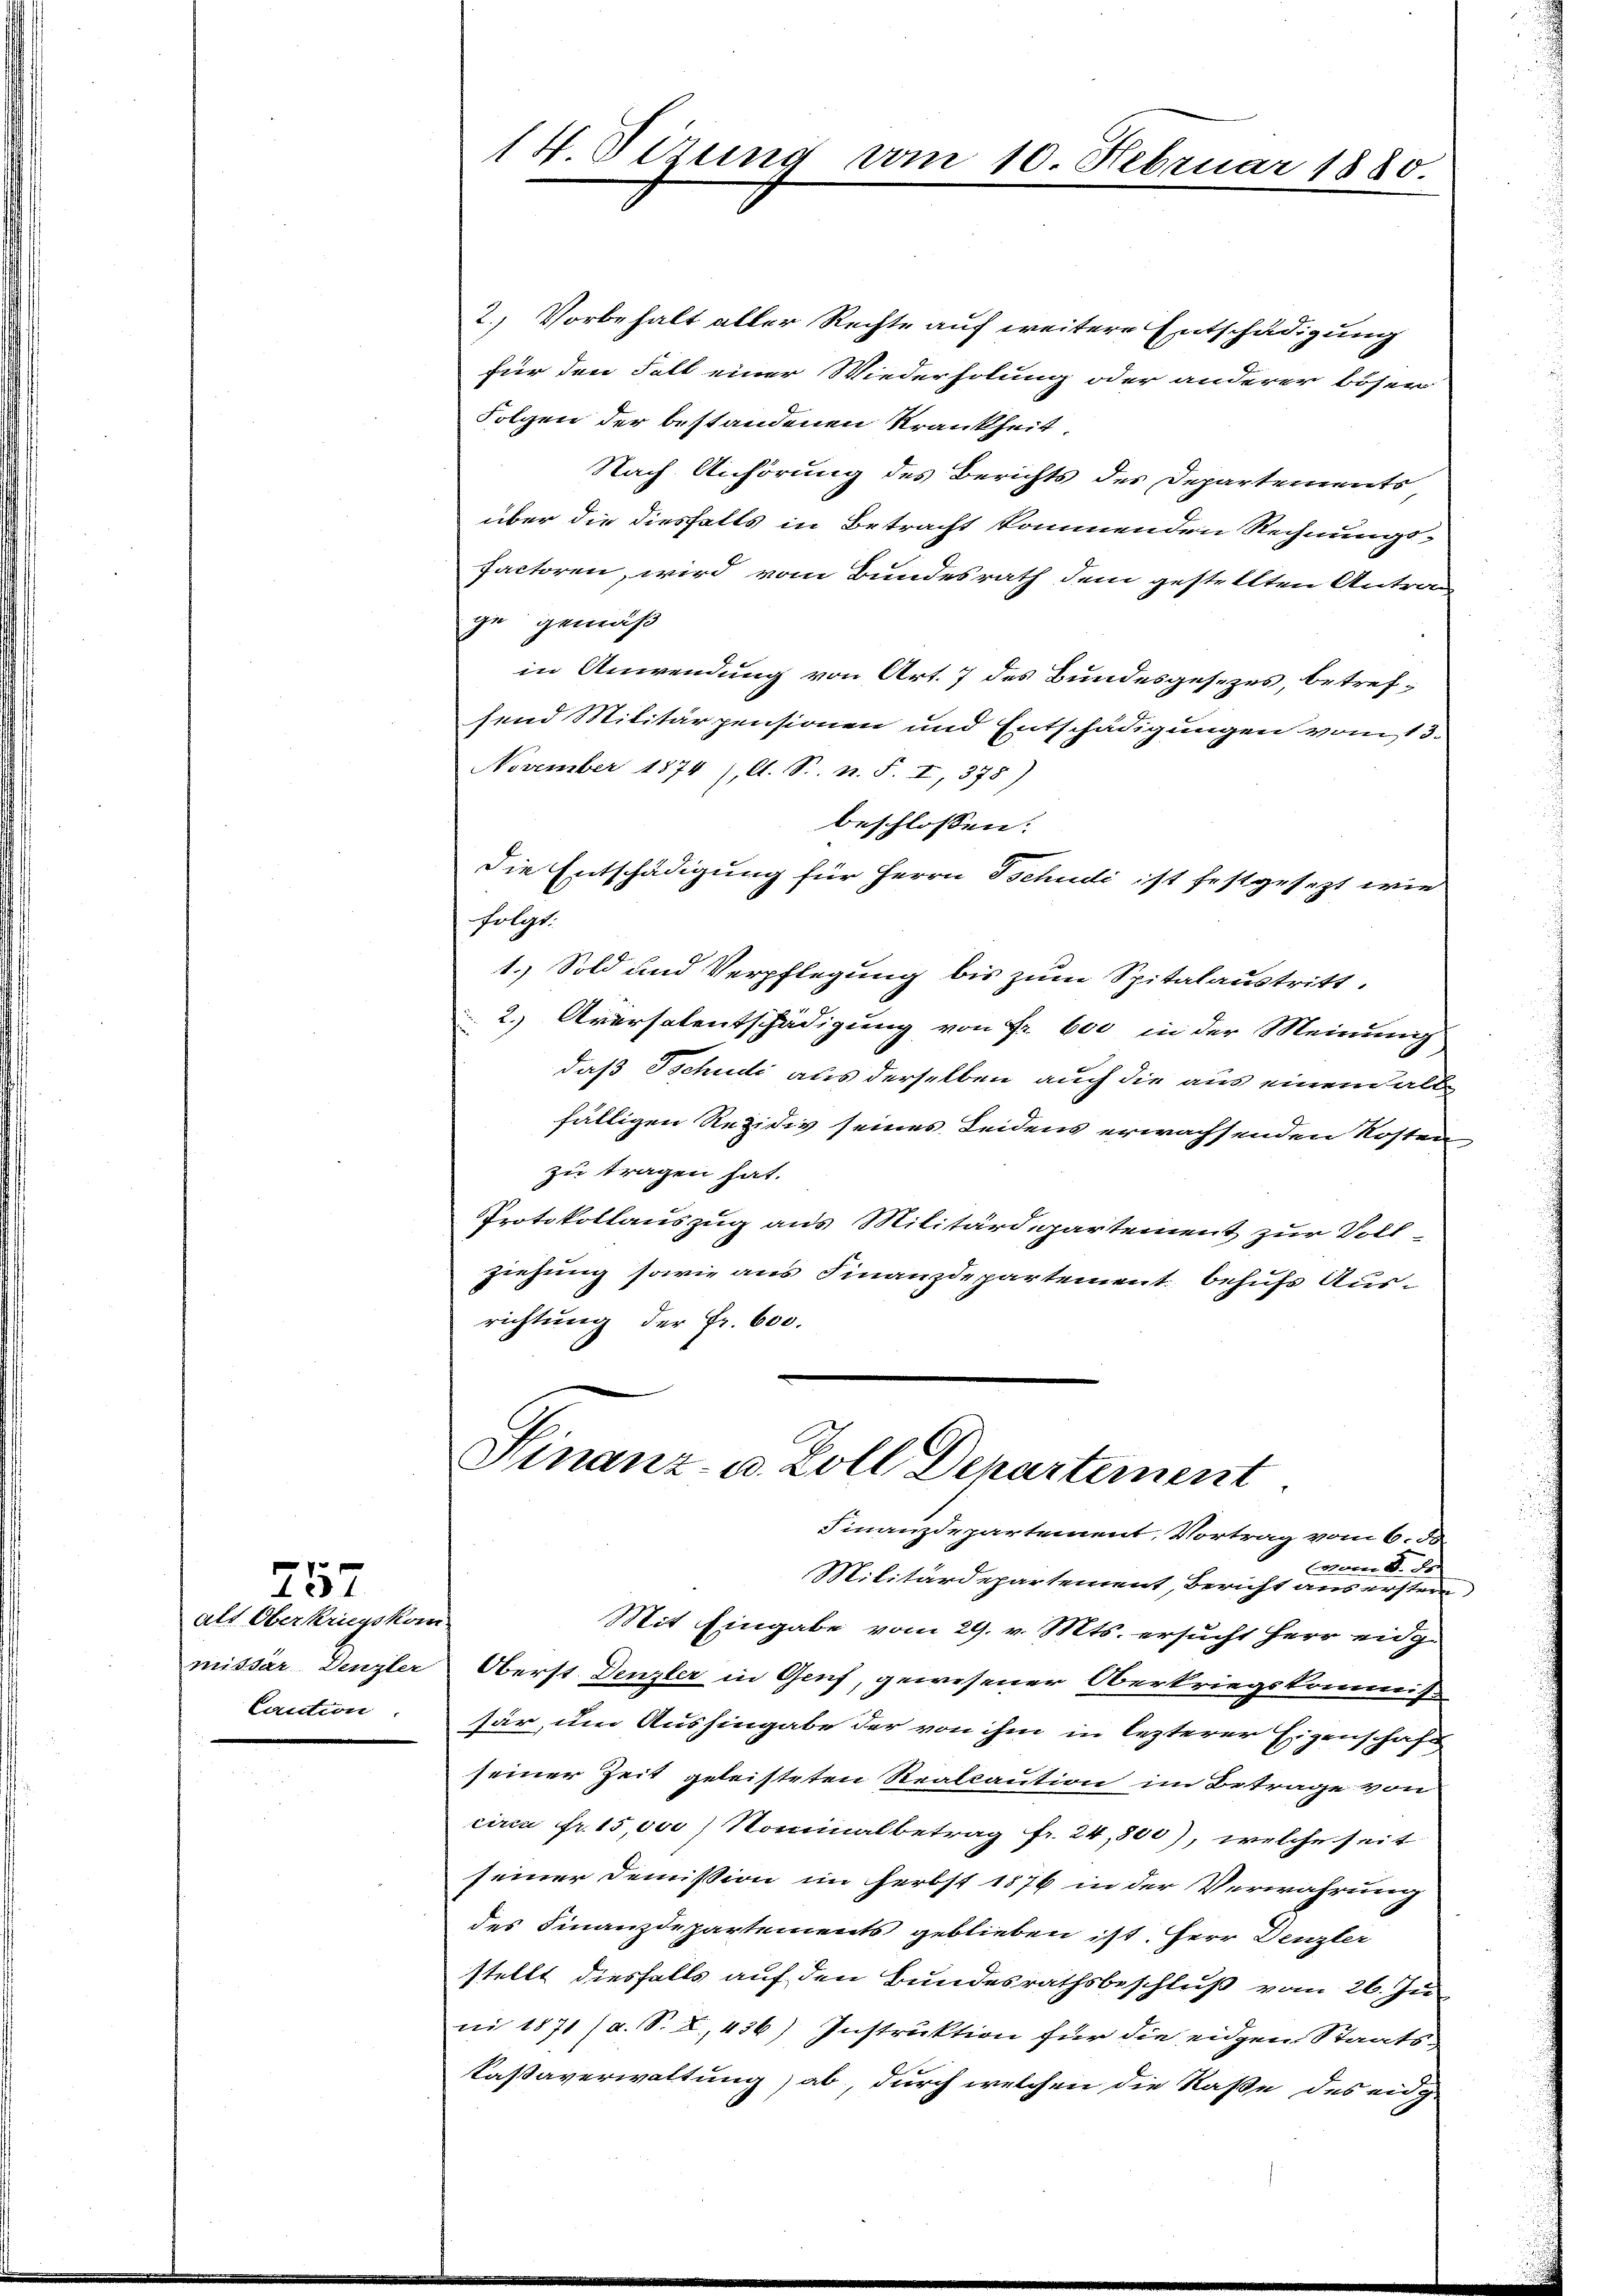
alt Oberkriegskom
missar Denzler
Caution

457

14 Sizung am 10. Februar 1880

2.) Vorbehalt aller Rechte auf weitere Entschädigung
für den Fall einer Wiederholung oder anderer böser
Folgen der bestandenen Krankheit.
Nach Anhörung des Berichts des Departements
über die diesfalls in Betracht kommenden Rechnungs-
factoren, wird vom Bundesrath dem gestellten Antrag
ge gemäß
in Anwendung von Art. 7 des Bundesgesezes, betrefsend Militärpensionen und Entschädigungen vom 15.
November 1874 /, A. S. n. F. I, 375
beschlossen:
Die Entschädigung für Herrn Tschudi ist festgesezt wie
folgt.
1.) Sold und Verpflegung bis zum Spitalaustritt.
2. Aversalentschädigung von Fr. bei in der Meinung
daß Tschudi als derselben auch die aus einen all
fälligen Rezidiv seines Seidens erwachsenden Kosten
zu tragen hat.
Protokollauszug aus Militärdepartement zur Vollziehung sowie aus Finanzdepartement behufs Ausrichtung der Fr. 600.

Finanz- u. Zoll Departement
Finanzdepartement, Vortrag vom 6. 50.
mare S.
Militärdepartement, Bericht aus erstern

Mit Eingabe vom 29. v. Mts. ersucht Herr eidg.
Oberst Denzler in Genf, gewesener Oberkriegskommiss
sär, um Aushingabe der von ihm in lezterer Eigenschaft
seiner Zeit geleisteten Realkaution im Betrage von
circa Fr. 15,000) Nominalbetrag fr. 24,800), welche seit
seiner Demission im Herbst 1876 in der Verwahrung
des Finanzdepartements geblieben ist. Herr Denzler
stellt diesfalls auf den Bundesrathsbeschluß vom 26. Ju
ni 1871 (a. S. X, 436) Instruktion für die eidgen Staats-
Kassaverwaltung) ab, durch welchen die Kaße des eidge